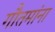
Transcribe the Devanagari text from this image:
गौतमांना